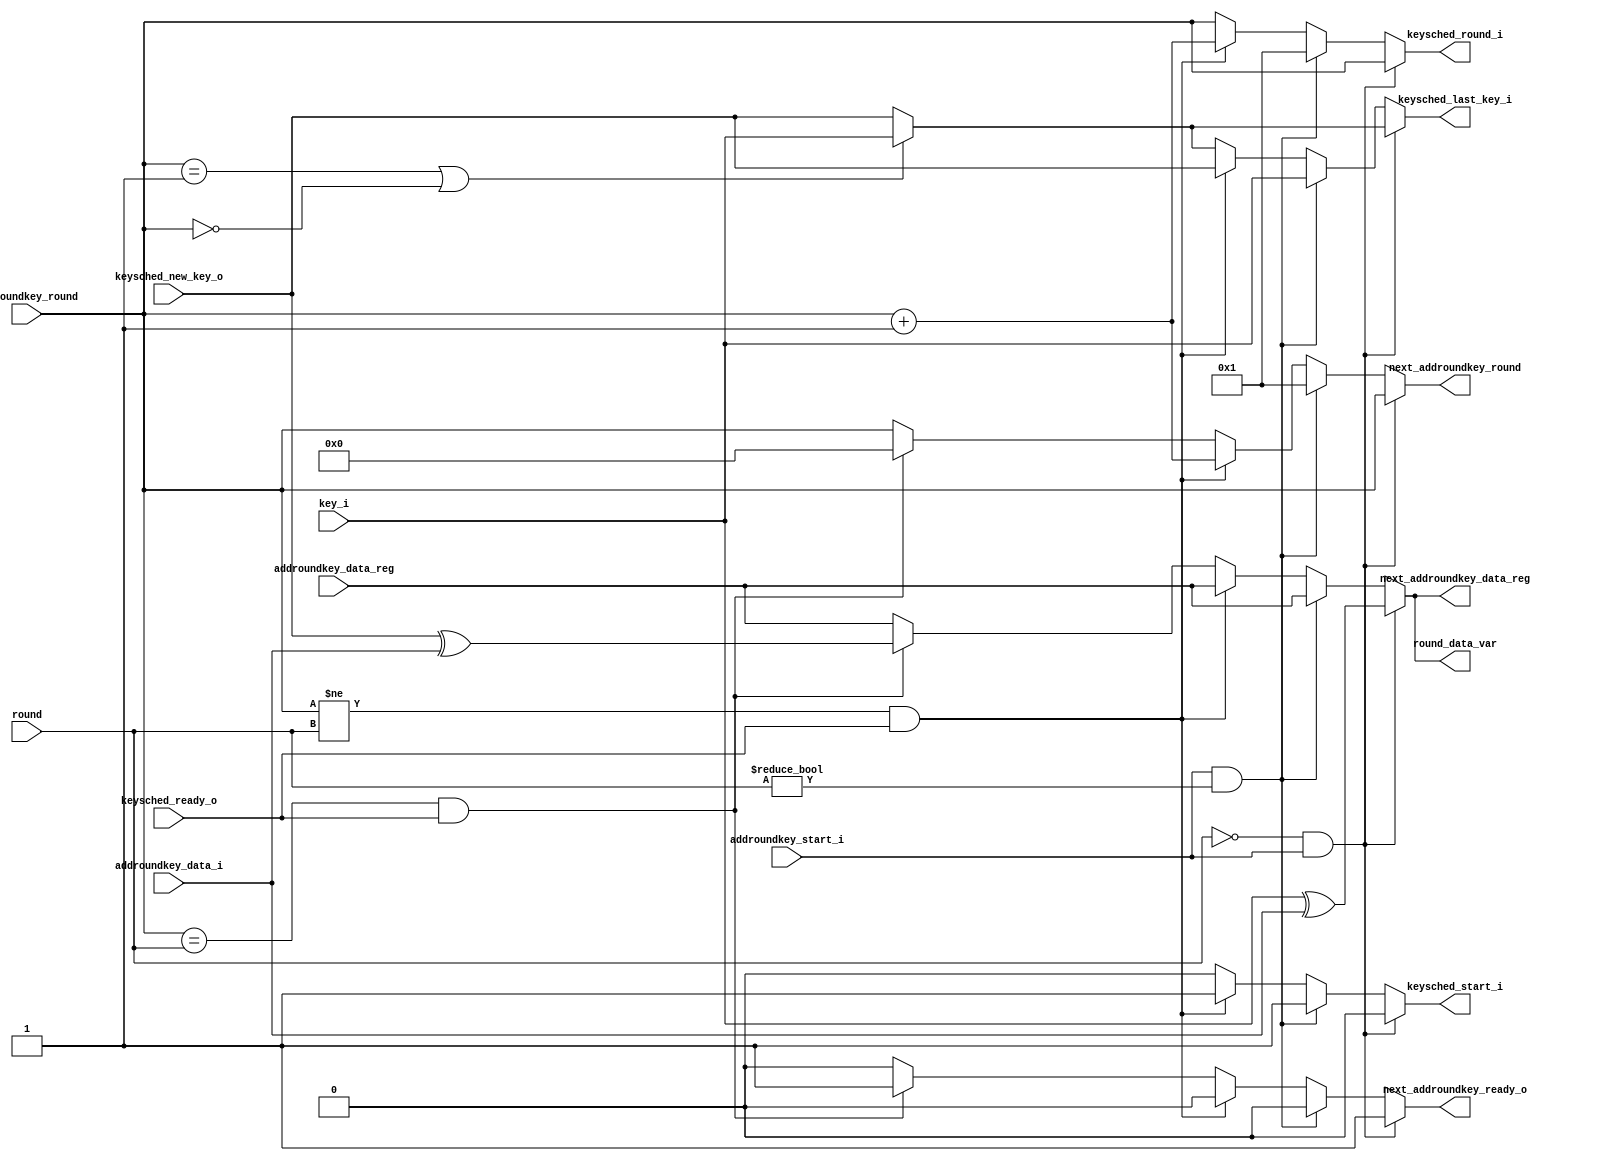
module aes_2(
	input [3:0] addroundkey_data_i,
	input [3:0] addroundkey_data_reg,
	input [3:0] addroundkey_round,
	input [3:0] key_i,
	input [3:0] keysched_new_key_o,
	input [3:0] round,
	input addroundkey_start_i,
	input keysched_ready_o,
	output reg [3:0] keysched_last_key_i,
	output reg [3:0] keysched_round_i,
	output reg [3:0] next_addroundkey_data_reg,
	output reg [3:0] next_addroundkey_round,
	output reg [3:0] round_data_var,
	output reg keysched_start_i,
	output reg next_addroundkey_ready_o
);
reg [3:0] data_var;
reg [3:0] round_key_var;
always @*
begin
	keysched_start_i = 0;
	keysched_round_i = addroundkey_round;
	round_data_var = addroundkey_data_reg;
	next_addroundkey_data_reg = addroundkey_data_reg;
	next_addroundkey_ready_o = 0;
	next_addroundkey_round = addroundkey_round;
	if (addroundkey_round == 1 || addroundkey_round == 0)
		keysched_last_key_i = key_i;
	else
		keysched_last_key_i = keysched_new_key_o;
	if (round == 0 && addroundkey_start_i)
	begin
		data_var = addroundkey_data_i;
		round_key_var = key_i;
		round_data_var = round_key_var ^ data_var;
		next_addroundkey_data_reg = round_data_var;
		next_addroundkey_ready_o = 1;
	end
	else if (addroundkey_start_i && round != 0)
	begin
		keysched_last_key_i = key_i;
		keysched_start_i = 1;
		keysched_round_i = 1;
		next_addroundkey_round = 1;
	end
	else if (addroundkey_round != round && keysched_ready_o)
	begin
		next_addroundkey_round = addroundkey_round + 1;
		keysched_last_key_i = keysched_new_key_o;
		keysched_start_i = 1;
		keysched_round_i = addroundkey_round + 1;
	end
	else if (addroundkey_round == round && keysched_ready_o)
	begin
		data_var = addroundkey_data_i;
		round_key_var = keysched_new_key_o;
		round_data_var = round_key_var ^ data_var;
		next_addroundkey_data_reg = round_data_var;
		next_addroundkey_ready_o = 1;
		next_addroundkey_round = 0;
	end
end
endmodule